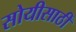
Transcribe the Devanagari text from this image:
सोयीसाठीं